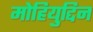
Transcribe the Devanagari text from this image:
मोहियुद्दिन